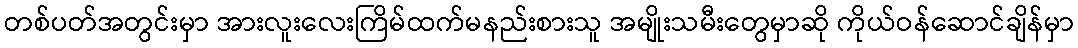
တစ်ပတ်အတွင်းမှာ အားလူးလေးကြိမ်ထက်မနည်းစားသူ အမျိုးသမီးတွေမှာဆို ကိုယ်ဝန်ဆောင်ချိန်မှာ